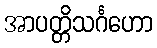
အာပတ္တိသင်္ဂဟော